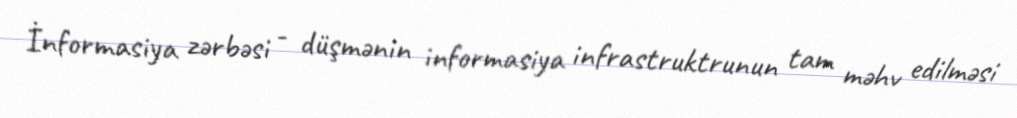
İnformasiya zərbəsi - düşmənin informasiya infrastruktrunun tam məhv edilməsi